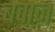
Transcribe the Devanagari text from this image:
बवाज़